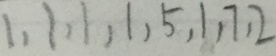
1 , 1 , 1 , 1 , 5 , 1 , 7 , 2